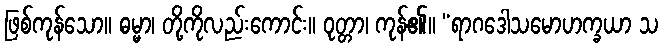
ဖြစ်ကုန်သော။ ဓမ္မာ၊ တို့ကိုလည်းကောင်း။ ဝုတ္တာ၊ ကုန်၏။ “ရာဂဒေါသမောဟက္ခယာ သ